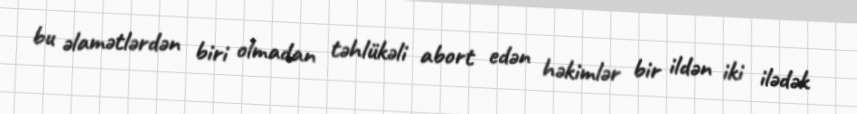
bu əlamətlərdən biri olmadan təhlükəli abort edən həkimlər bir ildən iki ilədək